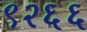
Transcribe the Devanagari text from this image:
९२६६